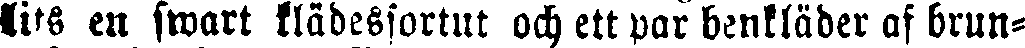
lits en swart klädessortut och ett par benkläder af brun-